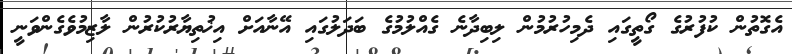
އެގޮތުން ކުފުރުގެ ގޯތީގައި ދެމިހުރުމުން ލިބިދާނެ ގެއްލުމުގެ ބަދަލުގައި އޭނާއަށް އިޚުތިޔާރުކުރުން ލާޒިމުވެގެންވަނީ